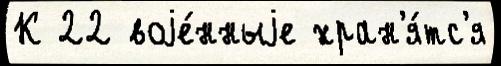
К 22 воjе́нныjе хран'я́тс'я